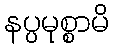
နပ္ပမုစ္စာမိ